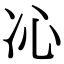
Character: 𠖶